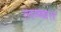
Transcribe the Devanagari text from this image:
लम्ब्वत